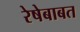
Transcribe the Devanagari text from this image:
रेषेबाबत